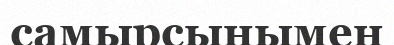
самырсынымен